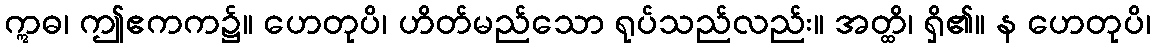
ဣဓ၊ ဤဧကက၌။ ဟေတုပိ၊ ဟိတ်မည်သော ရုပ်သည်လည်း။ အတ္ထိ၊ ရှိ၏။ န ဟေတုပိ၊